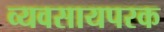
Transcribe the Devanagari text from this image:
व्यवसायपरक